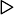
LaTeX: \triangleright